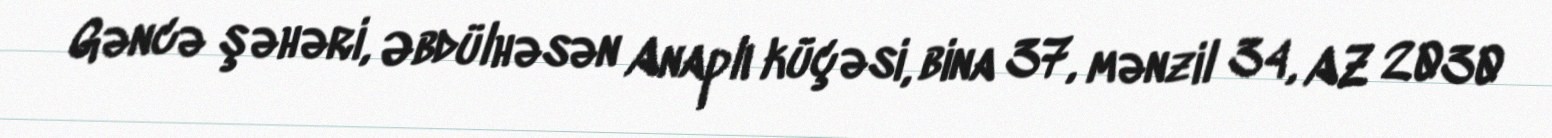
Gəncə şəhəri, Əbdülhəsən Anaplı küçəsi, bina 37, mənzil 34, AZ 2030